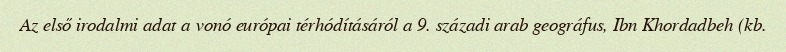
Az első irodalmi adat a vonó európai térhódításáról a 9. századi arab geográfus, Ibn Khordadbeh (kb.